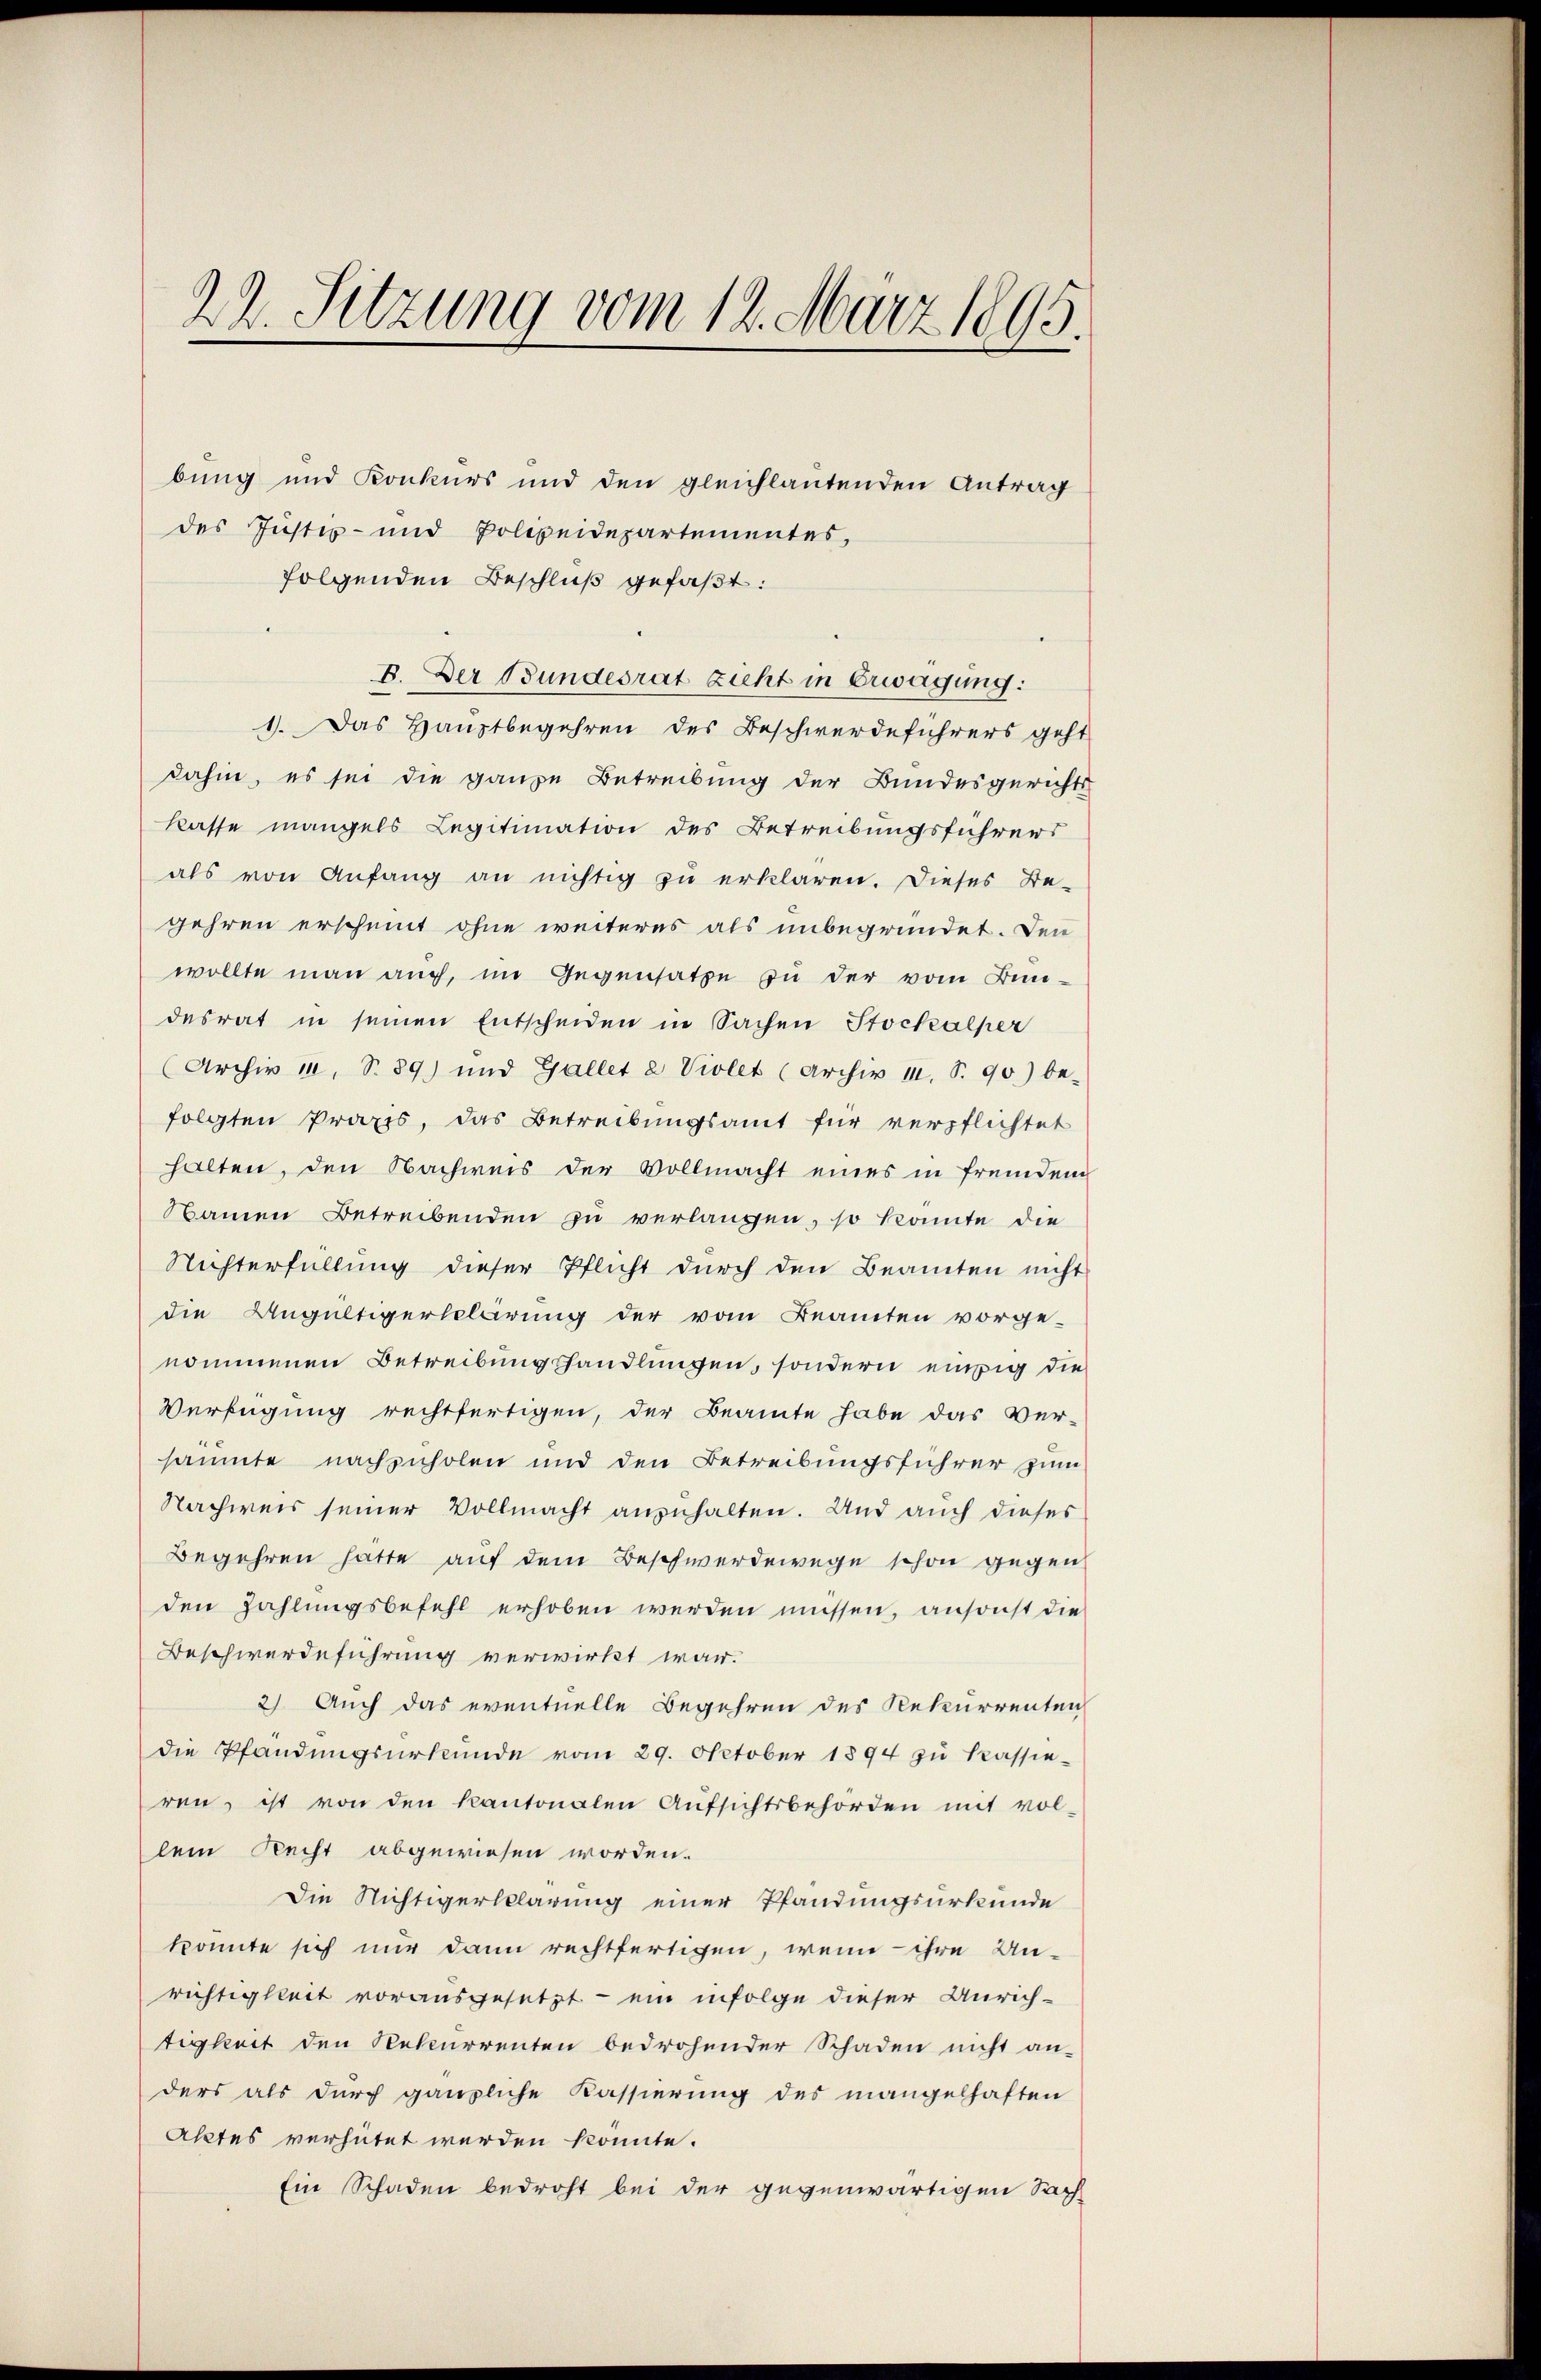
22. Sitzung vom 12. März 1895.

bung und Konkurs und den gleichlautenden Antrag
des Justiz- und Polizeidepartementes,
folgenden Beschluß gefaßt:
B. Der Bundesrat zieht in Erwägung:
1). Das Hauptbegehren des Beschwerdeführers geht
dahin, es sei die ganze Betreibung der Bundesgerichts
kasse mangels Legitimation des Betreibungsführers
als von Anfang an nichtig zu erklären. Dieses Be-
gehren erscheint ohne weiteres als unbegründet. Den
wollte man auch, im Gegensatze zu der vom Bun-
desrat in seinen Entscheiden in Sachen Stockalper
(Archiv 1, S. 89) und Gallet 2 Violet (Archiv II, S. 90) be-
folgten Praxis, das Betreibungsamt für verpflichtet
halten, den Nachweis der Vollmacht eines in fremdem
Namen Betreibenden zu verlangen, so könnte die
Nichterfüllung dieser Pflicht durch den Beamten nicht
die Ungültigerklärung der vom Beamten vorge-
nommenen Betreibungshandlungen, sondern einzig die
Verfügung rechtfertigen, der Beamte habe das Ver-
säumte nachzuholen und den Betreibungsführer zum
Nachweis seiner Vollmacht anzuhalten. Und auch dieses
Begehren hätte auf dem Beschwerdewege schon gegen
den Zahlungsbefehl erhoben werden müssen, ansonst die
Beschwerdeführung verwirkt war.
2) Auch das eventuelle Begehren des Rekurrenten
die Pfandŭngsŭrkŭnde vom 29. October 1894 zŭ Kassie-
ren, ist von den Kantonalen Aŭfsichtsbehörden mit vol-
lein Recht abgewiesen worden.
Die Nichtigerklärung einer Pfandungsurkunde
konnte sich nur dann rechtfertigen, wenn ihre Un-
richtigkeit vorausgesetzt - ein infolge dieser Unrichtigkeit den Rekurrenten bedrohender Schaden nicht an-
ders als durch gänzliche Kassierung des mangelhaften
Aktes verhütet werden könnte.
Ein Schaden bedroht bei der gegenwärtigen Sach